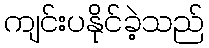
ကျင်းပနိုင်ခဲ့သည်